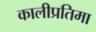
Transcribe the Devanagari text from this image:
कालीप्रतिमा